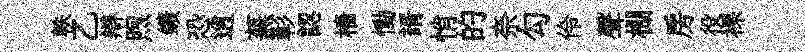
軼乙辯煦鑛恐逍蕪彰認檣慟諝悄的奈勾伶聲棚房役裸